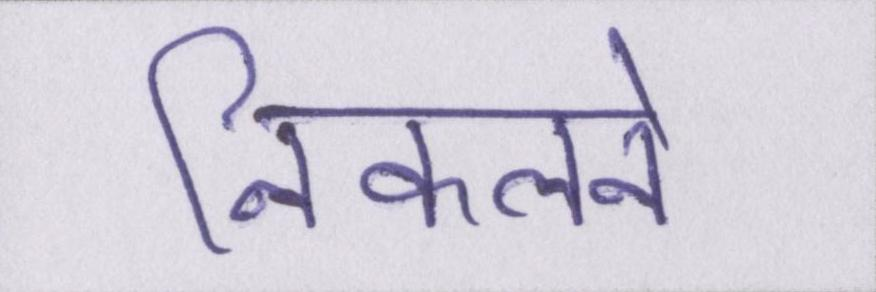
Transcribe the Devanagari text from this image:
निकलने